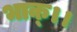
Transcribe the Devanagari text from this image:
भाक्।।